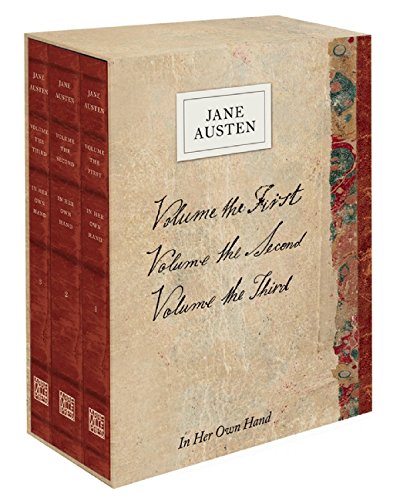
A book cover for In Her Own Hand series boxed set; Jane Austen; Literature & Fiction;